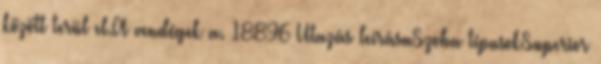
között terül el.A vendégek a. 18896 Utazás leírásaSzoba típusokSuperior